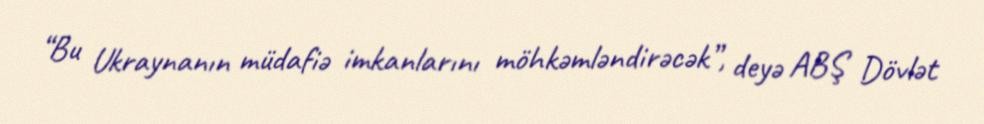
“Bu Ukraynanın müdafiə imkanlarını möhkəmləndirəcək”, deyə ABŞ Dövlət